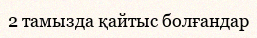
2 тамызда қайтыс болғандар